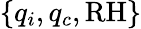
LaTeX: \{ q_{i},q_{c},\mathrm{RH}\}